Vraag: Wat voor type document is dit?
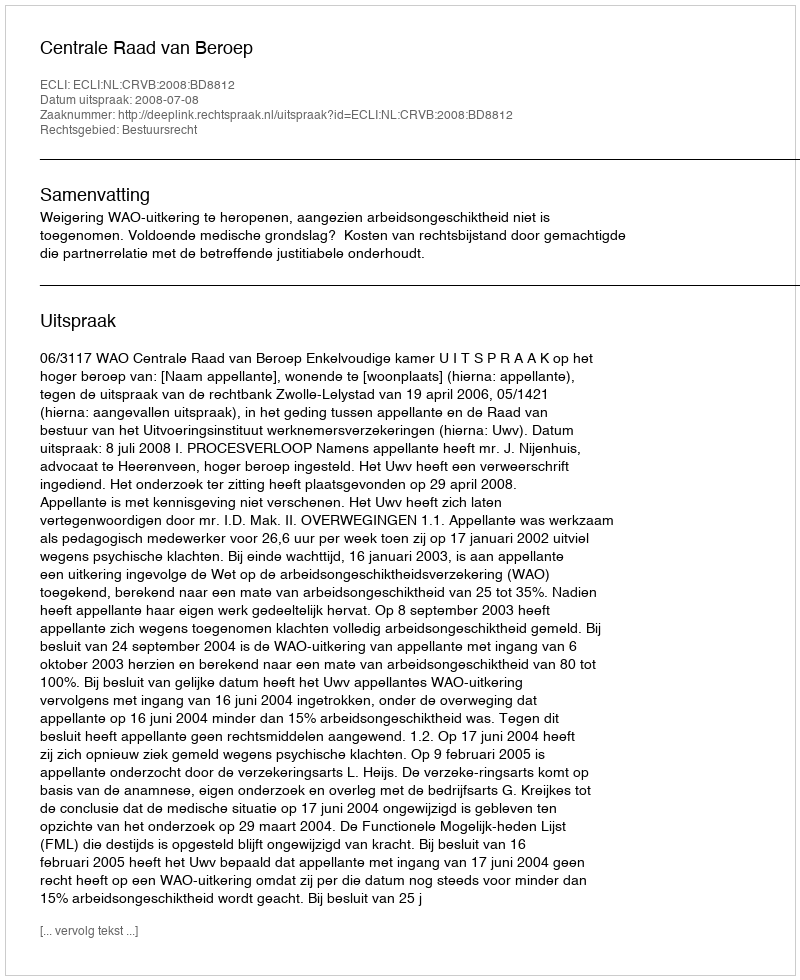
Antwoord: Uitspraak